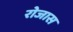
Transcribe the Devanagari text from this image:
रोजास